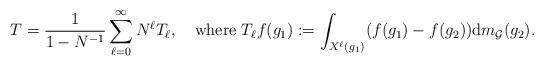
LaTeX: \begin{align*}T=\frac{1}{1-N^{-1}} \sum_{\ell=0}^\infty N^\ell T_\ell, \quad\mbox{where } T_\ell f(g_1):=\int_{X^\ell(g_1)} (f(g_1)-f(g_2))\mathrm{d}m_\mathcal{G}(g_2).\end{align*}